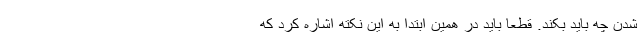
شدن چه باید بکند. قطعا باید در همین ابتدا به این نکته اشاره کرد که